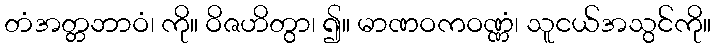
တံအတ္တဘာဝံ၊ ကို။ ဝိဇဟိတွာ၊ ၍။ မာဏဝကဝဏ္ဏံ၊ သူငယ်အသွင်ကို။